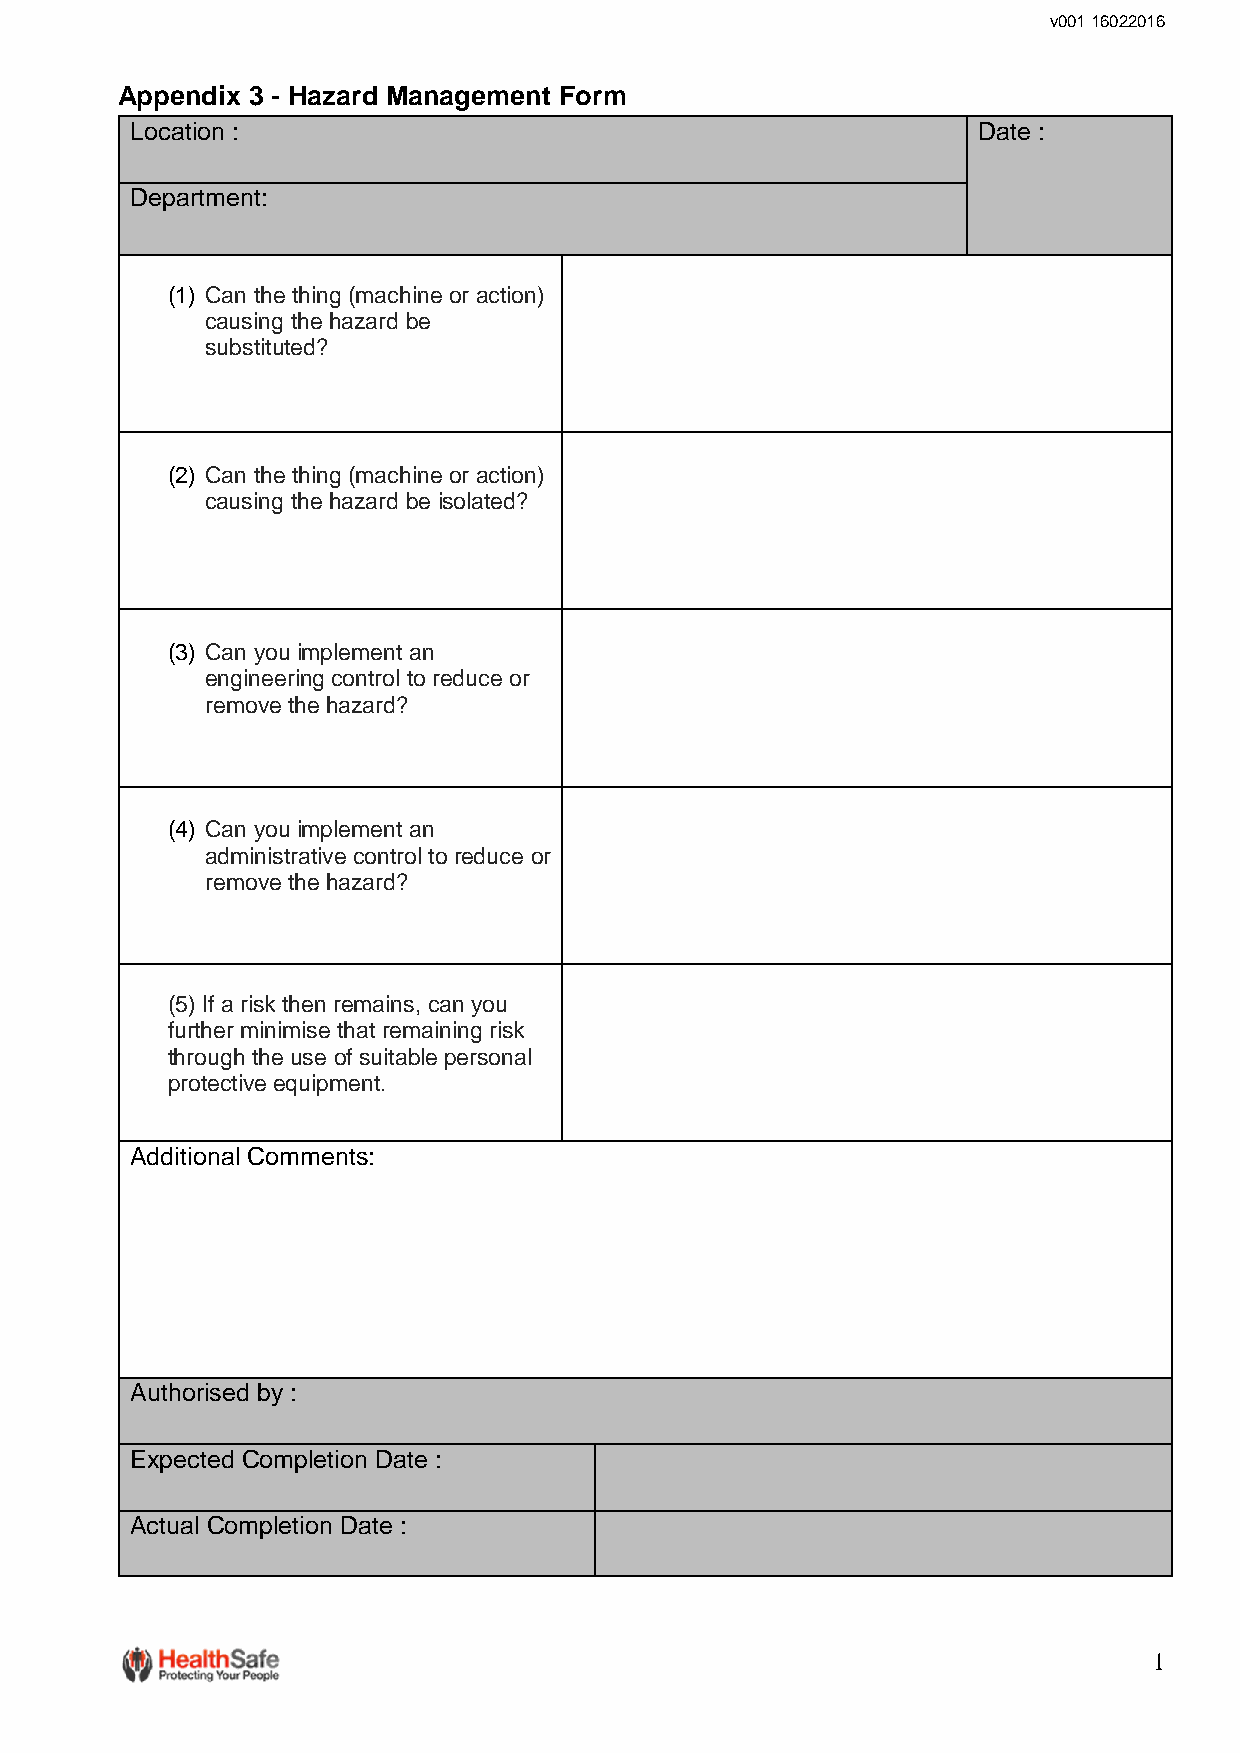
v001 16022016
 Appendix 3 - Hazard Management Form
 Location :                                              Date :
 Department:
 (1) Can the thing (machine or action)
 causing the hazard be
 substituted?
 (2) Can the thing (machine or action)
 causing the hazard be isolated?
 (3) Can you implement an
 engineering control to reduce or
 remove the hazard?
 (4) Can you implement an
 administrative control to reduce or
 remove the hazard?
 (5) If a risk then remains, can you
 further minimise that remaining risk
 through the use of suitable personal
 protective equipment.
 Additional Comments:
 Authorised by :
 Expected Completion Date :
 Actual Completion Date :
 1